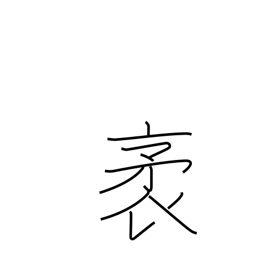
Meaning: length